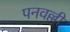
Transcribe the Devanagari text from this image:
पनवल्ली